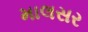
માલસર